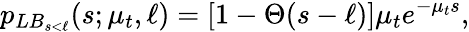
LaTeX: p_{LB_{s<\ell}}(s;\mu_{t},\ell)=[1-\Theta(s-\ell)]\mu_{t}e^{-\mu_{t}s},